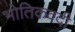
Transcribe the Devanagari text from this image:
भोतिकवदी